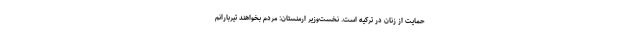
حمایت از زنان در ترکیه است. نخست‌وزیر ارمنستان: مردم بخواهند تیربارانم